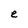
Character: e